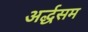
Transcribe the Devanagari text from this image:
अर्द्धसम